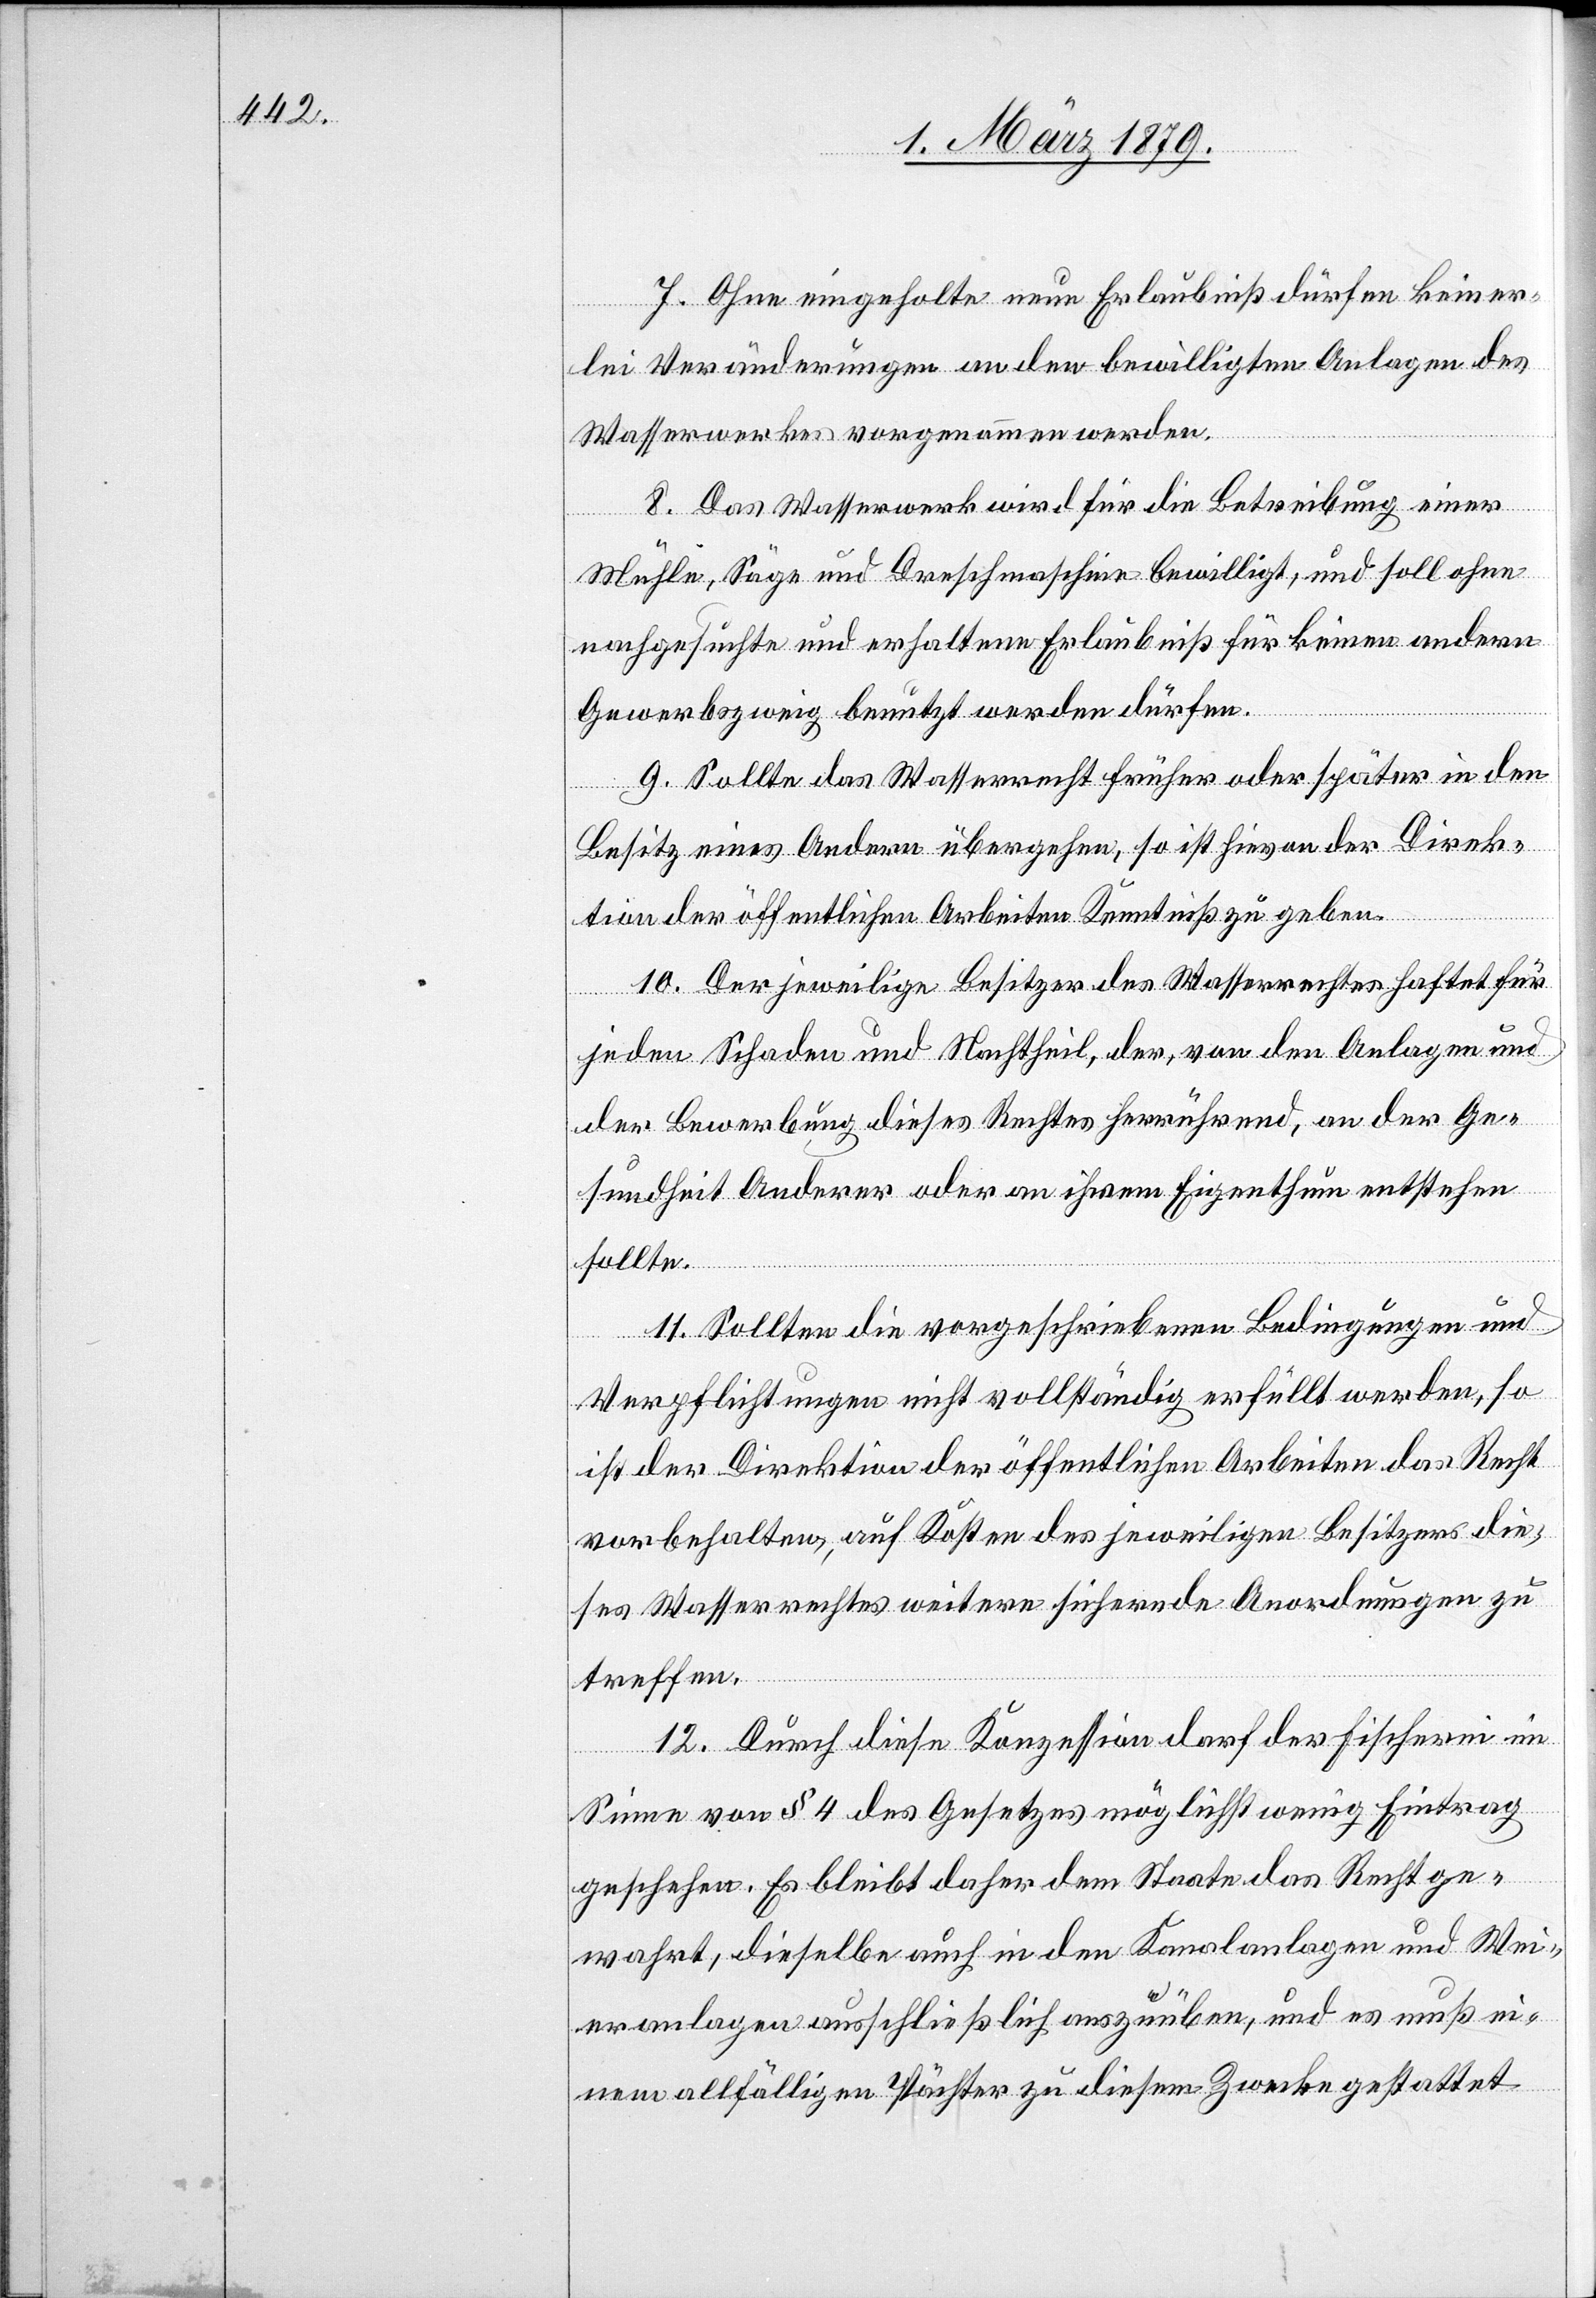
7. Ohne eingeholte neue Erlaubniß dürfen keiner¬
lei Veränderungen an den bewilligten Anlagen des
Wasserwerkes vorgenommen werden.
8. Das Wasserwerk wird für die Betreibung einer
Mühle, Säge und Dreschmaschine bewilligt, und soll ohne
nachgesuchte und erhaltene Erlaubniß für keinen andern
Gewerbszweig benutzt werden dürfen.
9. Sollte das Wasserrecht früher oder später in den
Besitz eines Andern übergehen, so ist hievon der Direk¬
tion der öffentlichen Arbeiten Kenntniß zu geben.
10. Der jeweilige Besitzer des Wasserrechtes haftet für
jeden Schaden und Nachtheil, der, von den Anlagen und
der Bewerbung dieses Rechtes herrühren, an der Ge¬
sundheit Anderer oder an ihrem Eigenthum entstehen
sollte.
11. Sollten die vorgeschriebenen Bedingungen und
Verpflichtungen nicht vollständig erfüllt werden, so
ist der Direktion der öffentlichen Arbeiten das Recht
vorbehalten, auf Kosten des jeweiligen Besitzers die¬
ses Wasserrechtes weitere sichernde Anordnungen zu
treffen.
12. Durch diese Konzession darf der Fischerei im
Sinne von § 4 des Gesetzes möglichst wenig Eintrag
geschehen. Es bleibt daher dem Staate das Recht ge¬
wahrt, dieselbe auch in den Kanalanlagen und Wei¬
eranlagen ausschließlich auszuüben, und es muß ei¬
nem allfälligen Pächter zu diesem Zwecke gestattet